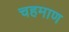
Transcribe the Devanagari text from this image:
चहमाण